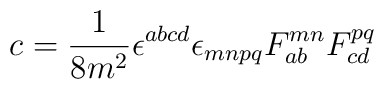
c = \frac{1}{8m^2}\epsilon^{abcd}\epsilon_{mnpq}          F_{ab}^{mn}F_{cd}^{pq}